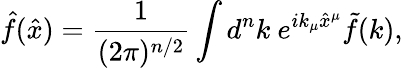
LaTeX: \hat{f}(\hat{x})=\frac{1}{(2\pi)^{n/2}}\int d^{n}k~e^{ik_{\mu}\hat{x}^{\mu}}\tilde{f}(k),